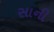
સાની